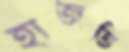
হাজতি